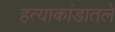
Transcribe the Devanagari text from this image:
हत्याकांडातले